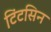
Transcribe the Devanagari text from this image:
टिंटसिन